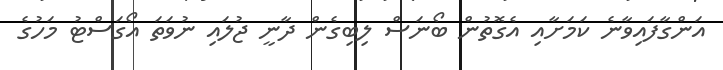
އަންގާފައިވާނެ ކަމަށާއި އެގޮތުން ބޯނަސް ލިބިގެން ދާނީ ޖުލައި ނުވަތަ އޯގަސްޓު މަހުގެ